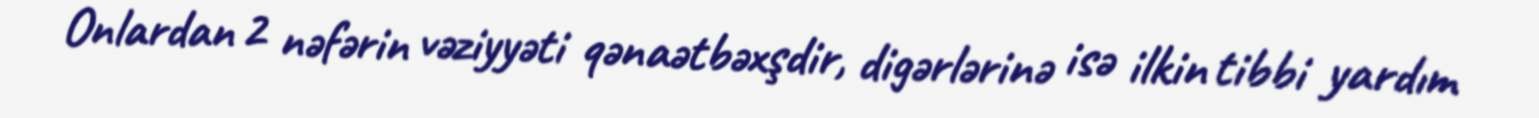
Onlardan 2 nəfərin vəziyyəti qənaətbəxşdir, digərlərinə isə ilkin tibbi yardım